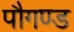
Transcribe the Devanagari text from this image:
पौगण्ड